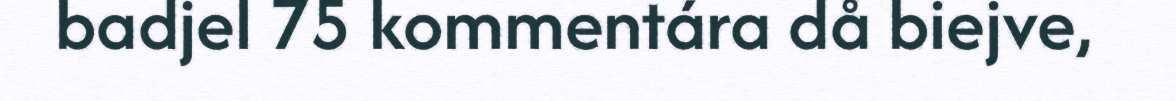
badjel 75 kommentára då biejve,